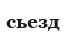
сьезд